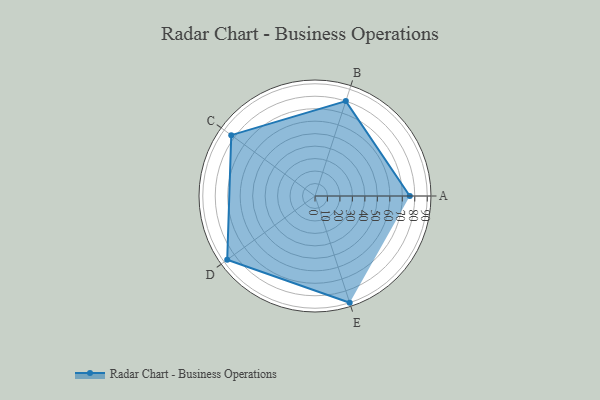
{"axis": {"x": "Skill", "y": "Score"}, "legend": ["Profile"], "data": [{"x": "A", "y": 76.0, "type": "Profile"}, {"x": "B", "y": 80.0, "type": "Profile"}, {"x": "C", "y": 83.0, "type": "Profile"}, {"x": "D", "y": 87.0, "type": "Profile"}, {"x": "E", "y": 90.0, "type": "Profile"}]}